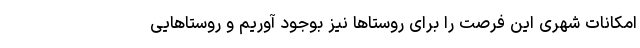
امکانات شهری این فرصت را برای روستاها نیز بوجود آوریم و روستاهایی